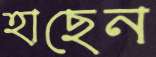
হাছেন